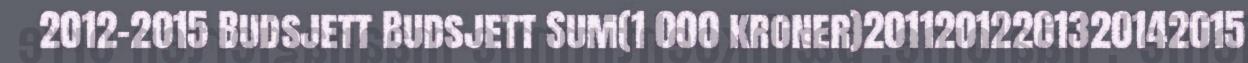
2012-2015 Budsjett Budsjett Sum(1 000 kroner)20112012201320142015